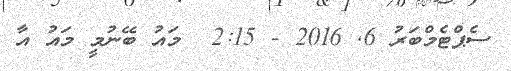
ސެޕްޓެމްބަރު 6